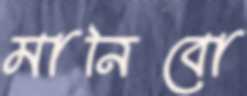
মানিবো